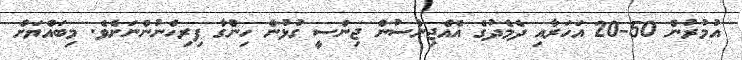
އުމުރުން 50-20 އަހަރާއި ދެމެދުގެ އެއްޖިންސުން ޖިންސީ ގުޅުން ހިންގާ ފިރިހެނުންނަށެވެ. މިބައްޔަށް